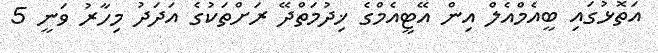
އަތޮޅުގައި ބީއެމްއެލް އިން އޭޓީއެމްގެ ޚިދުމަތްދޭ ރަށްތަކުގެ އަދަދު މިހާރު ވަނީ 5